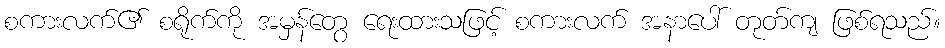
စကားလက်၏ စရိုက်ကို အမှန်တွေ ရေးထားသဖြင့် စကားလက် အနာပေါ် တုတ်ကျ ဖြစ်ရသည်။